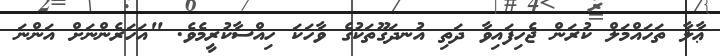
ޢާލާ ތަހައްމަލް ކުރަން ޖެހިފައިވާ ދަތި އުނދަގޫތަކުގެ ވާހަކަ ހިއްސާކުރީމެވެ. "އަހަރެންނަށް އަންނަ